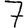
Digit: 7